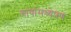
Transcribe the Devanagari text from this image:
गावांमध्येपण